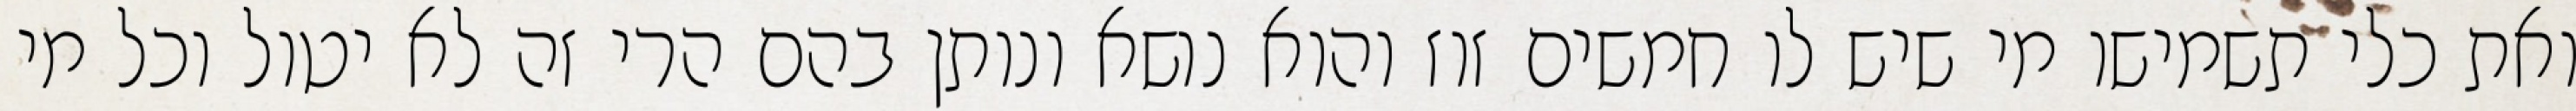
ואת כלי תשמישו מי שיש לו חמשים זוז והוא נושא ונותן בהם הרי זה לא יטול וכל מי